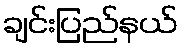
ချင်းပြည်နယ်